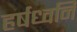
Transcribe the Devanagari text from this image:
हर्षध्वनि